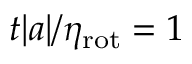
t | a | / \eta _ { \mathrm { r o t } } = 1